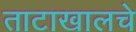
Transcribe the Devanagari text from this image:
ताटाखालचे